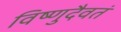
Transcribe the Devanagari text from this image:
विष्णुदैवतं